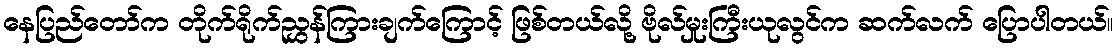
နေပြည်တော်က တိုက်ရိုက်ညွှန်ကြားချက်ကြောင့် ဖြစ်တယ်လို့ ဗိုလ်မှုးကြီးယုလွင်က ဆက်လက် ပြောပါတယ်။